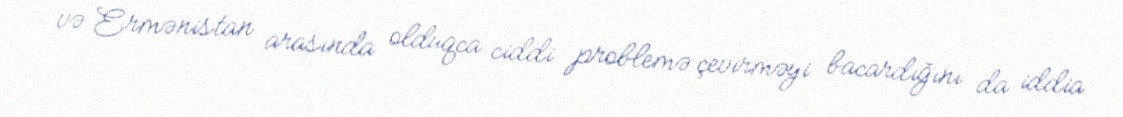
və Ermənistan arasında olduqca ciddi problemə çevirməyi bacardığını da iddia